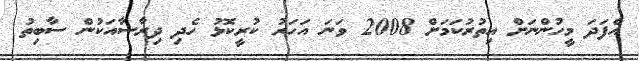
އެފަދަ މީހުންނަށް އިތުރުކަމަށް 2008 ވަނަ އަހަރު ކުރީކޮޅު ހެދި ދިރާސާއަކުން ސާބިތު